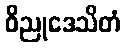
ဝိညုဒေသိတံ